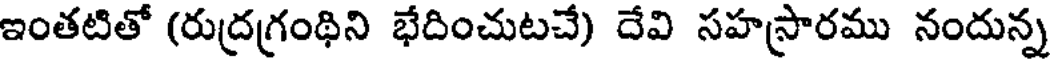
ఇంతటితో (రుద్రగ్రంథిని భేదించుటచే) దేవి సహస్రారము నందున్న